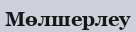
Мөлшерлеу